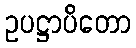
ဥပဋ္ဌာပိတော